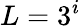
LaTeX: L=3^{i}